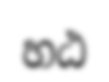
හඨ